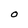
Character: O